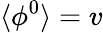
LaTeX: \langle\phi^{0}\rangle=v